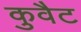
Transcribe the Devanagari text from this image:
कुवैट